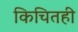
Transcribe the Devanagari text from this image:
किचितही